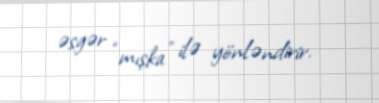
əsgər “mışka” ilə yönləndirir.